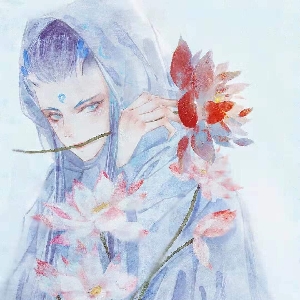
闭心塞意，不高瞻览者，死人之徒也哉。